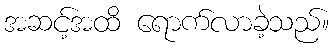
အဆင့်အထိ ရောက်လာခဲ့သည်။